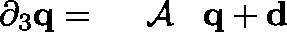
\begin{array} { r } { \partial _ { 3 } { \bf q } = { { \mathrm { ~ \boldmath ~ { ~ \cal ~ A ~ } ~ } } } \, { \bf q } + { \bf d } } \end{array}